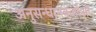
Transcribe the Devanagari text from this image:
अनुसन्धानकर्ताओं